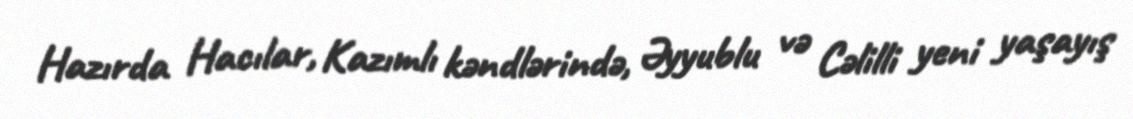
Hazırda Hacılar, Kazımlı kəndlərində, Əyyublu və Cəlilli yeni yaşayış